Insane asylums in Bengal annual reports 1867-1875 - 1867-1875
Year: 1867
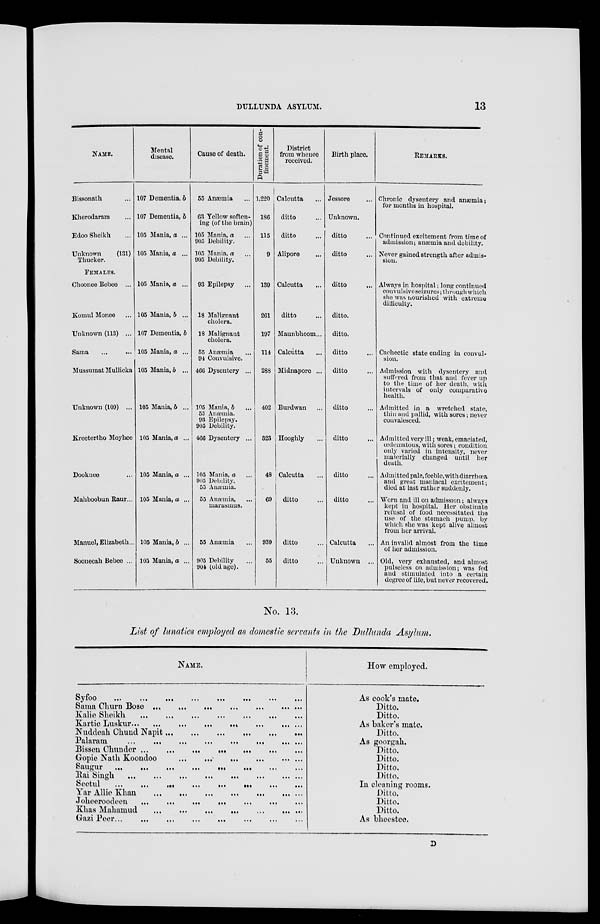
DULLUNDA ASYLUM.
13
NAME.
Bissonath ...
Kherodaram ...
Edoo Sheikh ...
Unknown
(131)
Thucker.
FEMALES.
Choonee Bebee ...
Komul Monee ...
Unknown (113) ...
Sama ... ...
Mussumat Mullicka
Unknown (109) ...
Kreetertho Moyhee
Dooknee ...
Mahboobun Raur...
Manuel, Elizabeth...
Sooneeah Bebee ...
Mental
disease.
107 Dementia, b
107 Dementia, b
105 Mania, a ...
105 Mania, a ...
105 Mania, a ...
105 Mania, b ...
107 Dementia, b
105 Mania, a ...
105 Mania, b ...
105 Mania, b ...
105 Mania, a ...
105 Mania, a ...
105 Mania, a ...
105 Mania, b ...
105 Mania, a ...
Cause of death.
55 Anæmia ...
63 Yellow soften-
ing (of the brain)
105 Mania, a ...
905 Debility.
105 Mania, a ...
905 Debility.
93 Epilepsy ...
18 Malignant
cholera.
18 Malignant
cholera.
55 Anæmia ...
91 Convulsive.
466 Dysentery ...
105 Mania, b ...
55 Anæmia.
93 Epilepsy.
905 Debility.
466 Dysentery ...
105 Mania, a ...
905 Debility.
55 Anæmia.
55 Anæmia, ...
marasmus.
55 Anæmia ...
905 Debility ...
904 (old age).
Duration of con-
finement.
1,220
186
115
9
139
261
197
114
288
402
323
48
69
939
55
District
from whence
received.
Calcutta ...
ditto ...
ditto ...
Alipore ...
Calcutta ...
ditto ...
Maunbhoom ...
Calcutta ...
Midnapore ...
Burdwan ...
Hooghly ...
Calcutta ...
ditto ...
ditto ...
ditto ...
Birth place.
Jessore ...
Unknown.
ditto ...
ditto ...
ditto ...
ditto.
ditto.
ditto ...
ditto ...
ditto ...
ditto ...
ditto ...
ditto ...
Calcutta ...
Unknown ...
REMARKS.
Chronic dysentery and anæmia;
for months in hospital.
Continued excitement from time of
admission; anæmia and debility.
Never gained strength after admis-
sion.
Always in hospital; long continued
convulsive seizures; through which
she was nourished with extreme
difficulty.
Cachectic state ending in convul-
sion.
Admission with dysentery and
suffered from that and fever up
to the time of her death, with
intervals of only comparative
health.
Admitted in a wretched state,
thin and pallid, with sores; never
convalesced.
Admitted very ill; weak, emaciated,
œdematous, with sores; condition
only varied in intensity, never
materially changed until her
death.
Admitted pale, feeble, with diarrhœa
and great maniacal excitement;
died at last rather suddenly.
Worn and ill on admission; always
kept in hospital. Her obstinate
refusal of food necessitated the
use of the stomach pump, by
which she was kept alive almost
from her arrival.
An invalid almost from the time
of her admission.
Old, very exhausted, and almost
pulseless on admission; was fed
and stimulated into a certain
degree of life, but never recovered.
No. 13.
List of lunatics employed as domestic servants in the Dullunda Asylum.
NAME.
Syfoo
...
...
...
...
...
... ... ...
Sama Churn Bose
...
...
...
...
...
...
...
Kalie Sheikh
...
...
...
...
...
...
...
Kartic Luskur
...
...
...
...
...
...
...
...
Nuddeah Chund Napit ... ... ... ... ... ...
Palaram
...
...
...
...
...
...
...
...
Bissen Chunder
...
...
...
...
...
...
...
Gopie Nath Koondoo ... ... ... ... ... ...
Saugur ... ... ... ... ... ... ... ...
Rai Singh
...
...
...
...
...
...
...
...
Seetul ... ... ... ... ... ... ... ...
Yar Allie Khan
...
...
...
...
...
...
...
Joheeroodeen
...
...
...
...
...
...
...
...
Khas Mahamud ... ... ... ... ... ... ...
Gazi Peer ... ... ... ... ... ... ... ...
How employed.
As cook's mate.
Ditto.
Ditto.
As baker's mate.
Ditto.
As goorgah.
Ditto.
Ditto.
Ditto.
Ditto.
In cleaning rooms.
Ditto.
Ditto.
Ditto.
As bheestee.
D